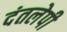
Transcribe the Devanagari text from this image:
दंतलेपी